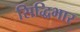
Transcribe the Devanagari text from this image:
सिद्धिभार